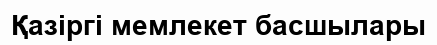
Қазіргі мемлекет басшылары